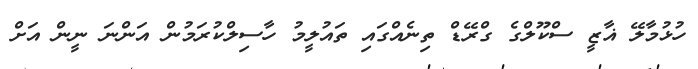
ހުޅުމާލޭ ޣާޒީ ސްކޫލްގެ ގްރޭޑް ތިނެއްގައި ތައުލީމު ހާސިލްކުރަމުން އަންނަ ނީން އަށް